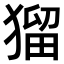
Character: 𤠑